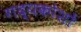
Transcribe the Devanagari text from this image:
गद्यकोशों